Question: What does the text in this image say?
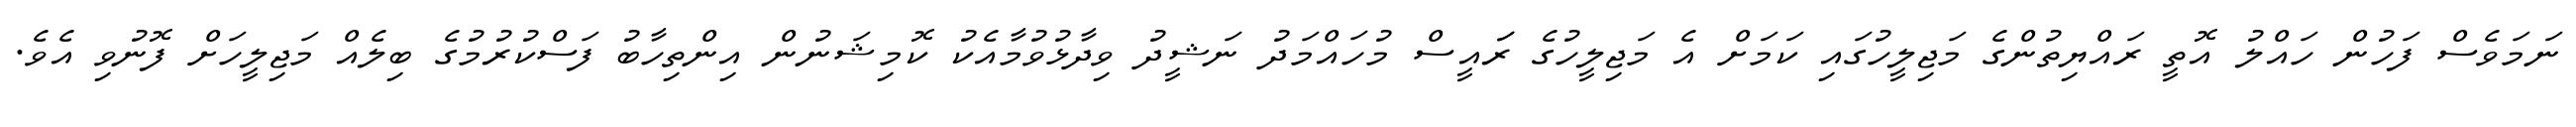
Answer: ނަމަވެސް ފަހުން ހައްލު އޮތީ ރައްޔިތުންގެ މަޖިލީހުގައި ކަމަށް އެ މަޖިލީހުގެ ރަައީސް މުހައްމަދު ނަޝީދު ވިދާޅުވުމާއެކު ކޮމިޝަނުން އިންތިހާބު ފަސްކުރުމުގެ ބިލެއް މަޖިލީހަށް ފޮނުވި އެވެ.